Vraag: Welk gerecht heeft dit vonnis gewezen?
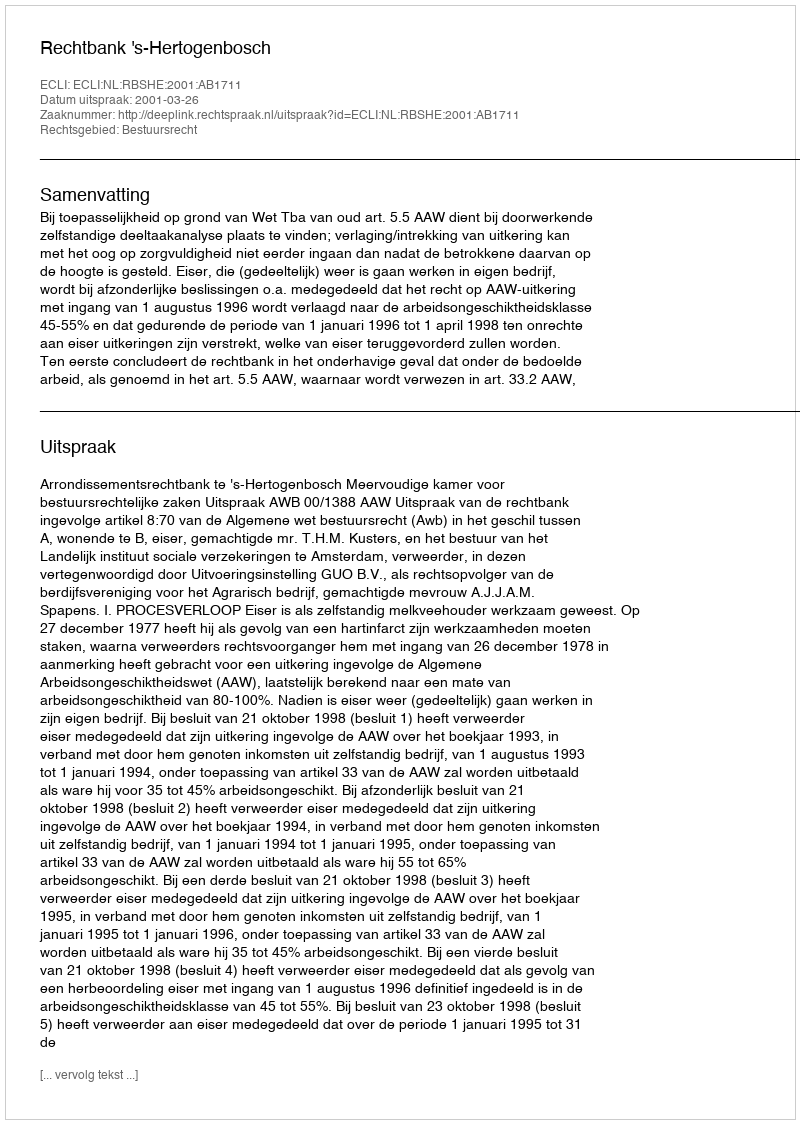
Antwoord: Rechtbank 's-Hertogenbosch